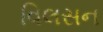
વિલસન